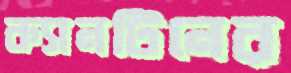
ক্যানটিনের